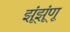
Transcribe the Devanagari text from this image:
झूंझूंणू